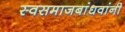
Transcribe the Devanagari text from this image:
स्वसमाजबांधवांनी